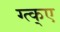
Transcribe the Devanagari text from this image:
ग्त्क्ए